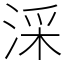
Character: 𣶶